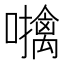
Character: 𫬜